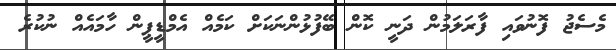
މެސެޖު ފޮނުވައި ފާރަލަމުން ދަނީ ކޮން ބޭފުޅުންނަކަށް ކަމެއް އެމްޑީޕީން ހާމައެއް ނުކުރެ